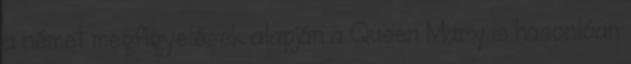
a német megfigyelések alapján a Queen Mary is hasonlóan